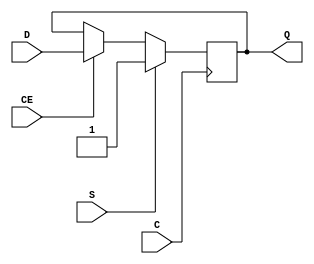
// This program was cloned from: https://github.com/fredrequin/verilator_xilinx
// License: BSD 2-Clause "Simplified" License

`ifdef verilator3
`else
`timescale 1 ps / 1 ps
`endif
//
// FDSE primitive for Xilinx FPGAs
// Compatible with Verilator tool (www.veripool.org)
// Copyright (c) 2019-2022 Frdric REQUIN
// License : BSD
//

/* verilator coverage_off */
module FDSE
#(
    parameter [0:0] IS_C_INVERTED = 1'b0,
    parameter [0:0] IS_D_INVERTED = 1'b0,
    parameter [0:0] IS_S_INVERTED = 1'b0,
    parameter [0:0] INIT          = 1'b1
)
(
    // Clock
    input  wire C,
    // Clock enable
    input  wire CE,
    // Synchronous set
    input  wire S,
    // Data in
    input  wire D,
    // Data out
    output wire Q
);
    reg _r_Q;

    wire _w_D = D ^ IS_D_INVERTED;
    wire _w_S = S ^ IS_S_INVERTED;
    
    initial begin : INIT_STATE
        _r_Q = INIT[0];
    end

    generate
        if (IS_C_INVERTED) begin : GEN_CLK_NEG
            always @(negedge C) begin
            
                if (_w_S) begin
                    _r_Q <= 1'b1;
                end
                else if (CE) begin
                    _r_Q <= _w_D;
                end
            end
        end
        else begin : GEN_CLK_POS
            always @(posedge C) begin
            
                if (_w_S) begin
                    _r_Q <= 1'b1;
                end
                else if (CE) begin
                    _r_Q <= _w_D;
                end
            end
        end
    endgenerate
    
    assign Q = _r_Q;
    
endmodule
/* verilator coverage_on */